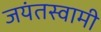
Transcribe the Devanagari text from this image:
जयंतस्वामी